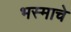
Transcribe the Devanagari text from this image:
भस्माचे